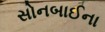
સોનબાઈના